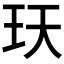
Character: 𤤇